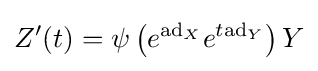
Z'(t)=\psi \left(e^{\mathrm {ad} _{X}}e^{t\mathrm {ad} _{Y}}\right)Y